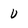
Character: U